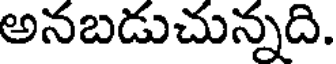
అనబడుచున్నది.